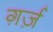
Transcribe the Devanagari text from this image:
ग़र्ज़